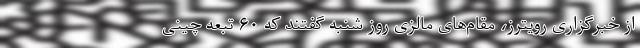
از خبرگزاری رویترز، مقام‌های مالزی روز شنبه گفتند که ۶۰ تبعه چینی